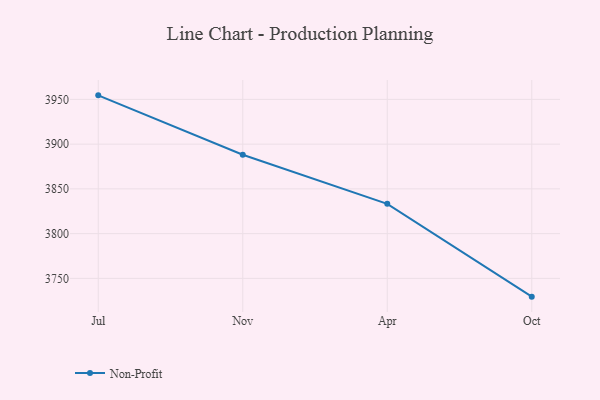
{"axis": {"x": "Month", "y": "Page Views"}, "legend": ["Non-Profit"], "data": [{"x": "Jul", "y": 3954.5, "type": "Non-Profit"}, {"x": "Nov", "y": 3888.1, "type": "Non-Profit"}, {"x": "Apr", "y": 3833.3, "type": "Non-Profit"}, {"x": "Oct", "y": 3729.6, "type": "Non-Profit"}]}